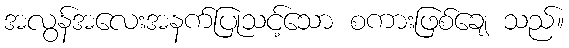
အလွန်အလေးအနက်ပြုသင့်သော စကားဖြစ်ချေ သည်။